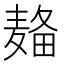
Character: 𱋚